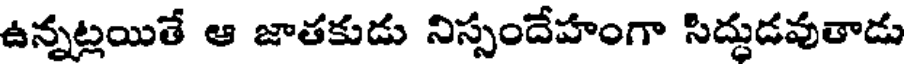
ఉన్నట్లయితే ఆ జాతకుడు నిస్సందేహంగా సిద్దుడవుతాడు